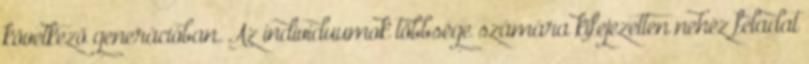
következő generációban. Az individuumok többsége számára kifejezetten nehéz feladat